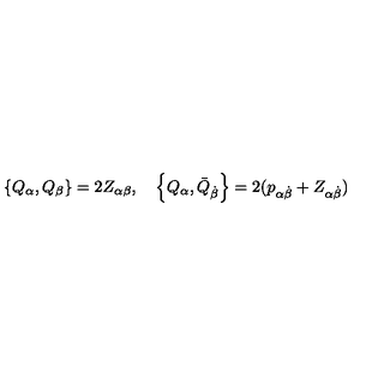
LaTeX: \left\{ Q _ { \alpha } , Q _ { \beta } \right\} = 2 Z _ { \alpha \beta } , \quad \left\{ Q _ { \alpha } , \bar { Q } _ { \dot { \beta } } \right\} = 2 ( p _ { \alpha \dot { \beta } } + Z _ { \alpha \dot { \beta } } )